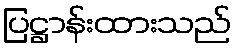
ပြဋ္ဌာန်းထားသည်